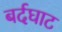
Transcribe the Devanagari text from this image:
बर्दघाट